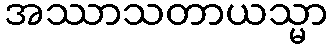
အဿာသတာယသ္မာ